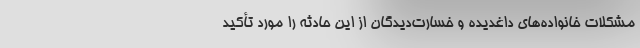
مشکلات خانواده‌های داغدیده و خسارت‌دیدگان از این حادثه را مورد تأکید